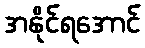
အနိုင်ရအောင်